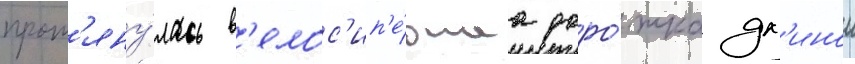
прот'яну́лась в'елос'ип'е́днаа доро́жка дл'инои